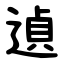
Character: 遉